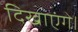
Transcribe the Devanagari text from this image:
दिखाएंगे।